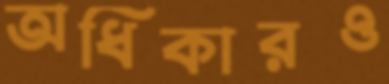
অধিকারও